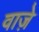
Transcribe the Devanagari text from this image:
वाजे़